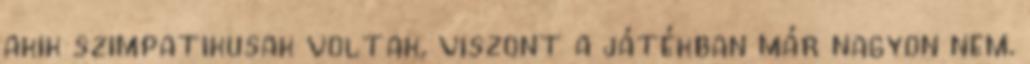
akik szimpatikusak voltak, viszont a játékban már nagyon nem.